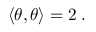
\left\langle \theta , \theta \right\rangle = 2 \; .